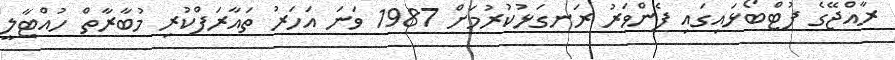
ރާއްޖޭގެ ފުޓްބޯޅައިގައި ފެންވަރު ރަނގަޅުކުރުމަށް 1987 ވަނަ އަހަރު ތައާރަފްކުރި މުބާރާތް ހުއްޓާލީ